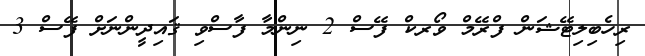
ރިހެބިލިޓޭޝަން ފްރޭމް ވޯރކް ފޭސް 2 ނިންމާ ފާސްވި ޤައިދީންނަށް ފޭސް 3